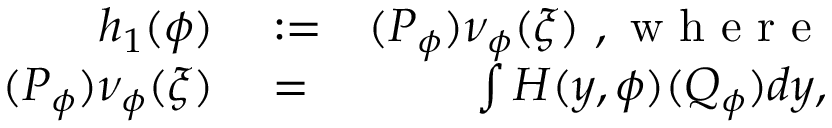
\begin{array} { r l r } { h _ { 1 } ( \phi ) } & { { } : = } & { ( P _ { \phi } ) \nu _ { \phi } ( \xi ) \mathrm { ~ , ~ w ~ h ~ e ~ r ~ e ~ } } \\ { ( P _ { \phi } ) \nu _ { \phi } ( \xi ) } & { { } = } & { \int H ( y , \phi ) ( Q _ { \phi } ) d y , } \end{array}